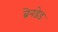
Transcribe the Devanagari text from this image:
ब्रेनडेड